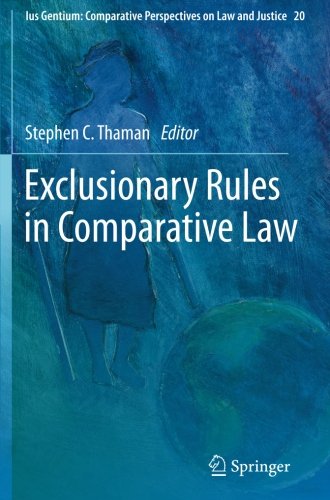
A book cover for Exclusionary Rules in Comparative Law (Ius Gentium: Comparative Perspectives on Law and Justice); Law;